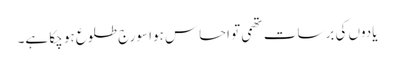
یادوں کی برسات تھمی تو احساس ہوا سورج طلوع ہو چکا ہے۔